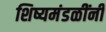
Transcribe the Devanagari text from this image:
शिष्यमंडळींनी